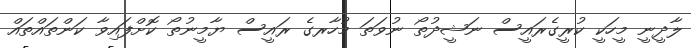
ލާދީނީ މީހަކީ ކުރީގެރައީސް ނަޝީދުތޯ ނުވަތަ މުހާރގެ ރައީސް ޔާމީނުތޯ ކޮށްފައިވާ ކަންތައްތައް